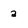
Character: a